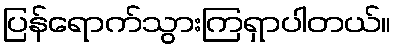
ပြန်ရောက်သွားကြရှာပါတယ်။